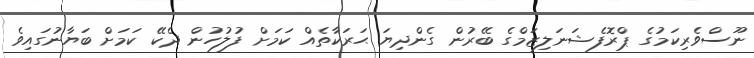
ނޫސްވެރިކަމުގެ ޕްރޮފެޝަނަލިޒަމްގެ ބޭރުން ގެންދިޔަ ޙަރަކާތެއް ކަމަށް ފުލުހުން ދެކޭ ކަމަށް ބަޔާނުގައިވެ